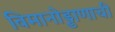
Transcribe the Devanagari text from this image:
विमानोड्डाणाची